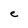
Character: e